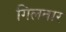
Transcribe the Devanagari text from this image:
गिलतार